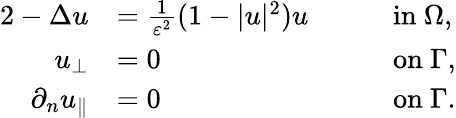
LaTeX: \begin{array}{rlrl}{{2}-\Delta u}&{=\frac{1}{\varepsilon^{2}}(1-|u|^{2})u\quad}&&{\mathrm{in}\ \Omega,}\\ {u_{\perp}}&{=0\quad}&&{\mathrm{on}\ \Gamma,}\\ {\partial_{n}u_{\parallel}}&{=0\quad}&&{\mathrm{on}\ \Gamma.}\end{array}